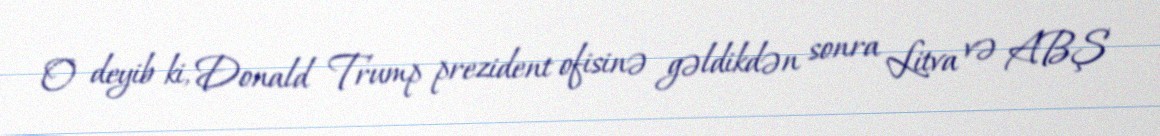
O deyib ki, Donald Trump prezident ofisinə gəldikdən sonra Litva və ABŞ